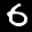
Label: 6